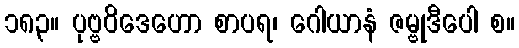
၁၈၃။ ပုဗ္ဗဝိဒေဟော စာပရ၊ ဂေါယာနံ ဇမ္ဗုဒီပေါ စ။